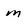
Character: m